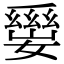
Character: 𡢛